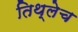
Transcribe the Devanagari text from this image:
तिथ्लेच